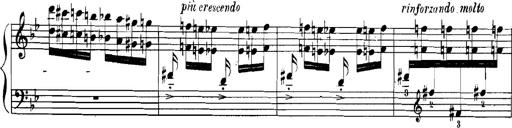
Title: Rhapsodies hongroises
Composer: Franz Liszt